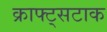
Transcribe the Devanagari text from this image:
क्राफ्ट्सटाक